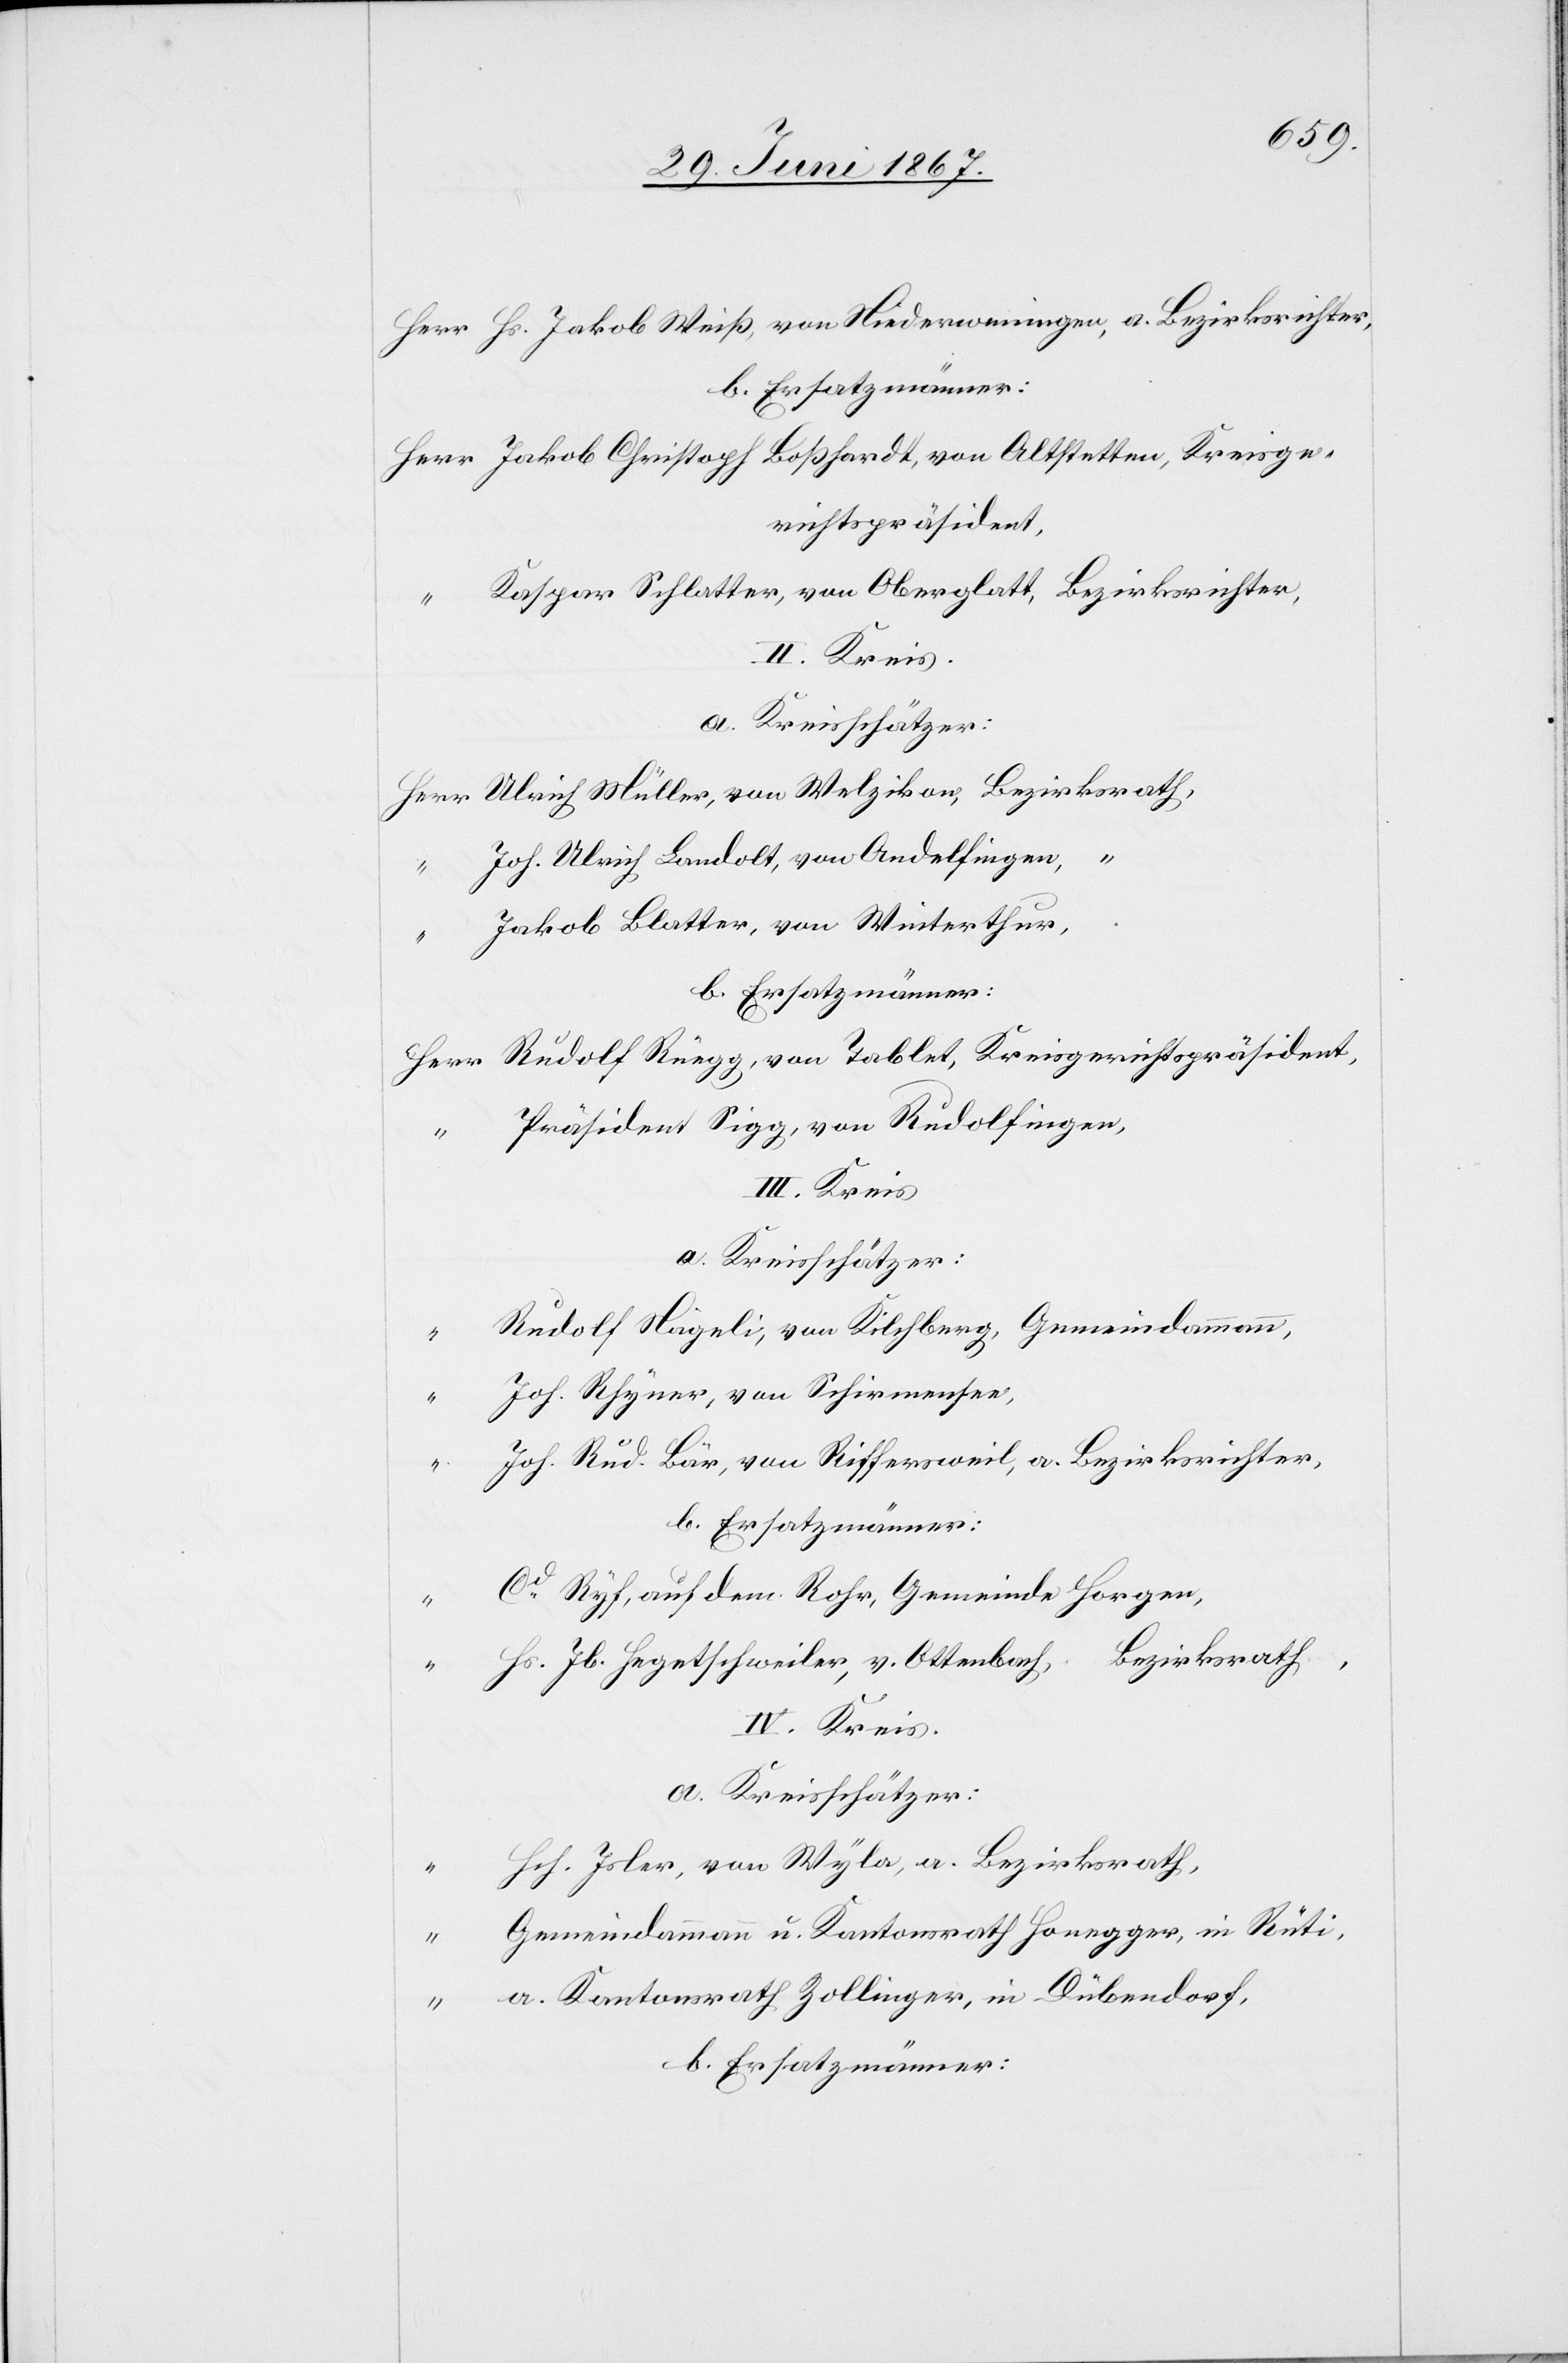
Herr Hs. Jakob Weiß, von Niederweningen, a. Bezirksrichter,
Herr Jakob Christoph Boßhardt, von Altstetten, Kreisge¬
richtspräsident,
Kaspar Schlatter, von Oberglatt, Bezirksrichter,
II. Kreis
a. Kreisschätzer:
Herr Ulrich Müller, von Welzikon [sic!], Bezirksrath,
Joh. Ulrich Landolt, von Andelfingen, “
“
Jakob Blatter, von Winterthur,
b. Ersatzmänner:
Herr Rudolf Rüegg, von Tablet, Kreisgerichtspräsident,
Präsident Sigg, von Rudolfingen,
III. Kreis
a. Kreisschätzer:
“ Rudolf Nägeli, von Kilchberg, Gemeindammann,
Joh. Rhyner, von Schirmensee,
Joh. Rud. Bär, von Riffersweil, a. Bezirksrichter,
b. Ersatzmänner:
Cd. Ryf, auf dem Rohr, Gemeinde Horgen,
Hs. Jb. Hegetschweiler, v. Ottenbach, Bezirksrath,
IV. Kreis.
a. Kreisschätzer:
Hch. Isler, von Wyla, a. Bezirksrath,
Gemeindammann u. Kantonsrath Honegger, in Rüti,
“ a. Kantonsrath Zollinger, in Dübendorf,
b. Ersatzmänner: